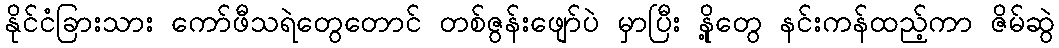
နိုင်ငံခြားသား ကော်ဖီသရဲတွေတောင် တစ်ဇွန်းဖျော်ပဲ မှာပြီး နို့တွေ နင်းကန်ထည့်ကာ ဇိမ်ဆွဲ